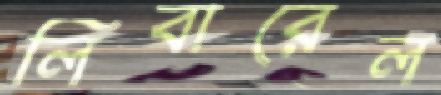
লিবারেল